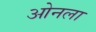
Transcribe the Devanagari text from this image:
ओनला